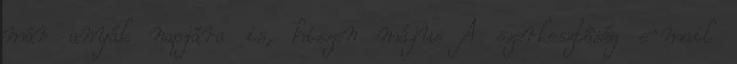
már anyák napjára is, hiszen május A szerkesztôség e-mail